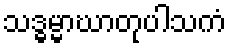
သဒ္ဓမ္မာဃာတုပါသကံ